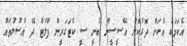
އެކަމަކު އެކަން ދޮގުކޮށް އޭސީސީން ބުނީ ސީ ކެޓަގަރީން ފްލެޓް ދޭ އުސޫލުތައް